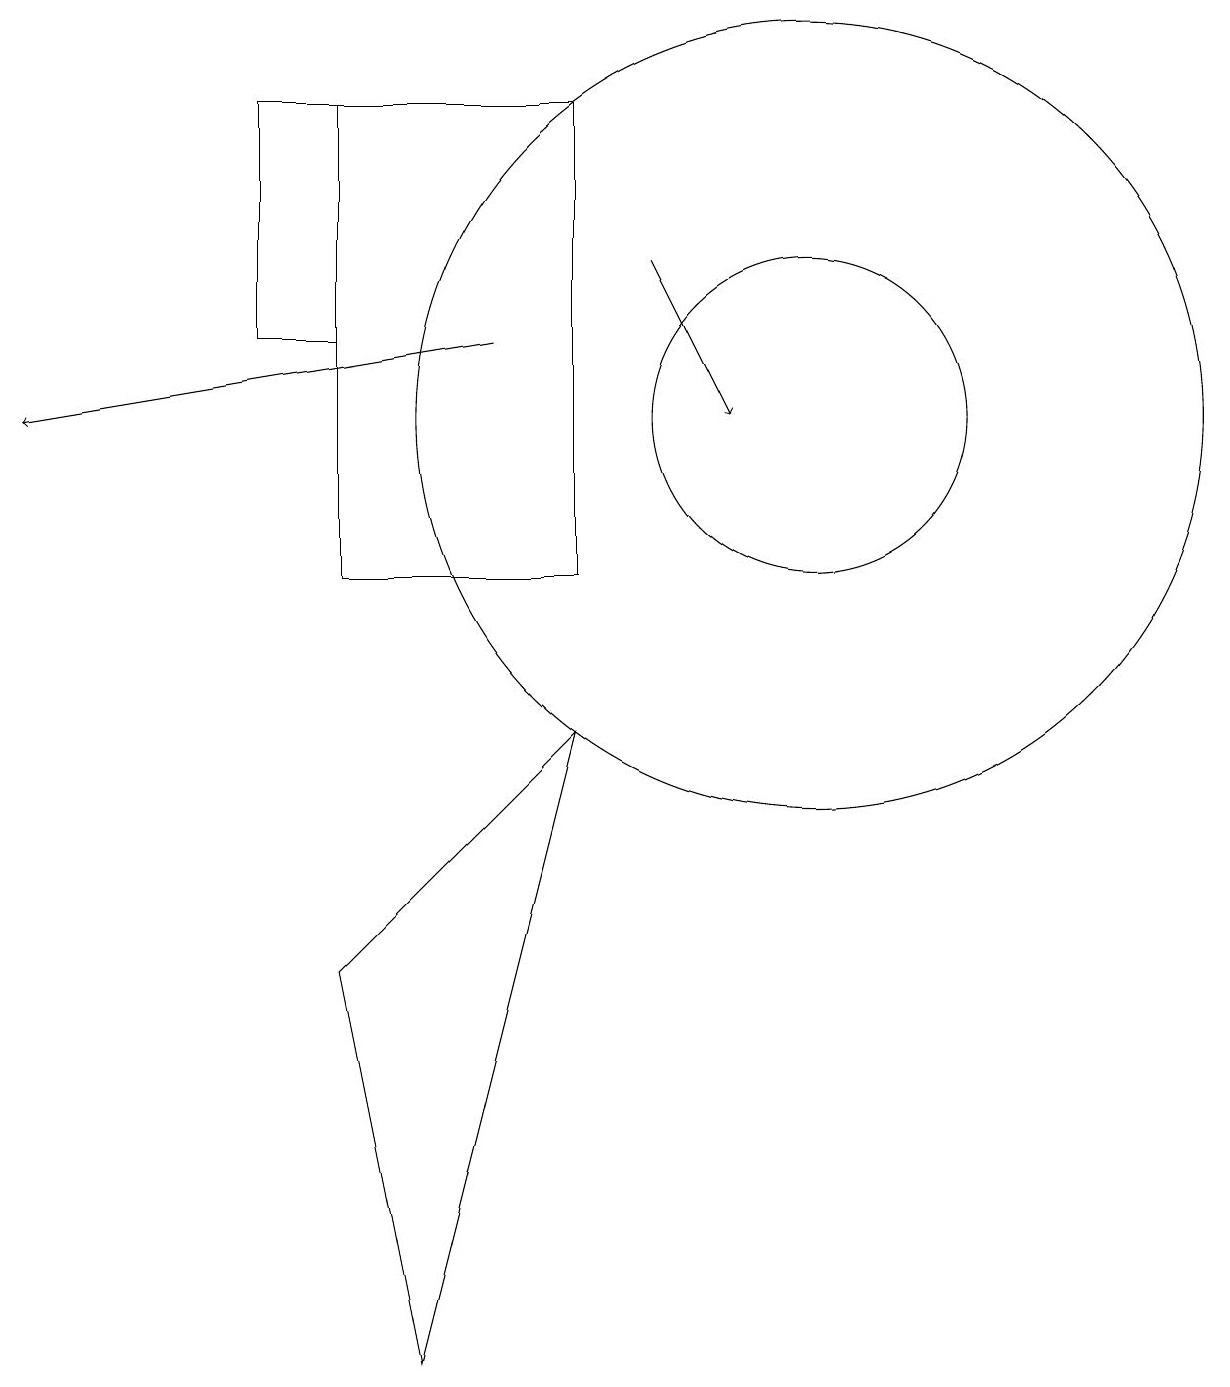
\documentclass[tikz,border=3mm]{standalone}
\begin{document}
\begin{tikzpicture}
\draw[->] (8,14) -- (9,12);
\draw[->] (6,13) -- (0,12);
\draw (7,16) rectangle (4,10);
\draw (10,12) circle (5);
\draw (4,13) rectangle (3,16);
\draw (10,12) circle (2);
\draw (7,8) -- (4,5) -- (5,0) -- cycle;
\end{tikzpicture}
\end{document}